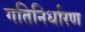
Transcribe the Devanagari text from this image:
गतिनिर्धारण